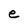
Character: e